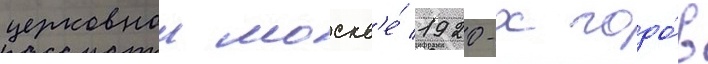
церковнои москв'е́ 1920-х годо́в